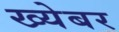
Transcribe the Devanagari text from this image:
ख्येबर